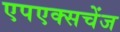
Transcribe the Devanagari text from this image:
एपएक्सचेंज